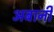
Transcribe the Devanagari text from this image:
अबानी